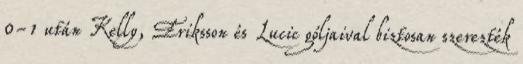
0-1 után Kelly, Eriksson és Lucic góljaival biztosan szerezték